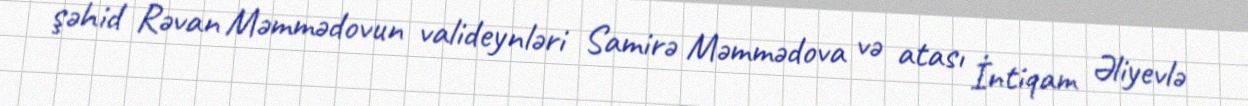
şəhid Rəvan Məmmədovun valideynləri Samirə Məmmədova və atası İntiqam Əliyevlə